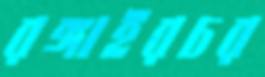
রঙ্গাইরচর